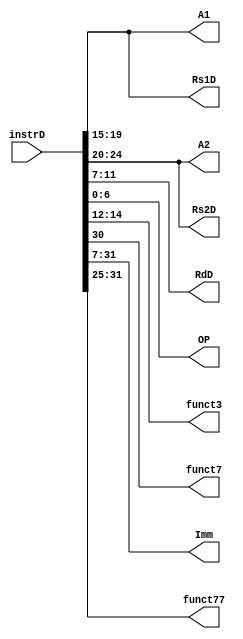
`timescale 1ns/1ns
module Instruction_Fetch (
    input [31:0] instrD,
    output reg [4:0] A1,A2,RdD,Rs1D,Rs2D,
    output reg [6:0] OP,
    output reg [2:0] funct3,
    output reg funct7,
    output reg [24:0] Imm,
    output reg [6:0] funct77
);
    always @(*) begin
        A1 <= instrD[19:15];
        A2 <= instrD[24:20];
        RdD <= instrD[11:7];
        OP <= instrD[6:0];
        funct3 <= instrD[14:12];
        funct7 <= instrD[30];
        Imm <= instrD[31:7];
        funct77 <= instrD[31:25];
        Rs1D <= instrD[19:15];
        Rs2D <= instrD[24:20];
    end
endmodule